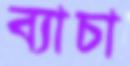
ব্যাচা